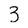
Character: 3